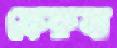
ফেরুষা